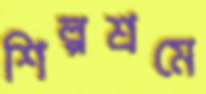
শিল্পশ্রমে